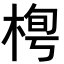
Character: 𣓓